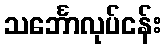
သင်္ဘောလုပ်ငန်း